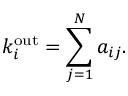
k _ { i } ^ { \mathrm { { \mathrm { o u t } } } } = \sum _ { j = 1 } ^ { N } a _ { i j } .